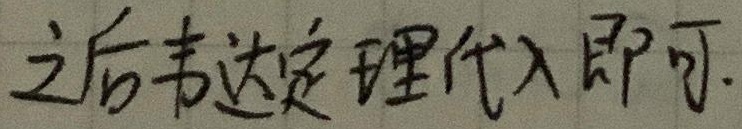
之后韦达定理代入即可.